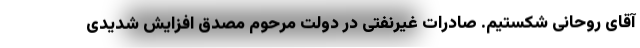
آقای روحانی شکستیم. صادرات غیرنفتی در دولت مرحوم مصدق افزایش شدیدی